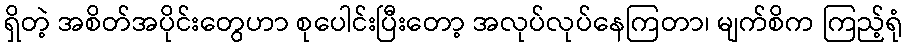
ရှိတဲ့ အစိတ်အပိုင်းတွေဟာ စုပေါင်းပြီးတော့ အလုပ်လုပ်နေကြတာ၊ မျက်စိက ကြည့်ရုံ